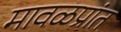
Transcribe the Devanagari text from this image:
मावळप्रांत